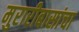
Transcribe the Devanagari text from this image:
मुरारीबासांचा